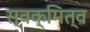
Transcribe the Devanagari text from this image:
स्वक्मित्व